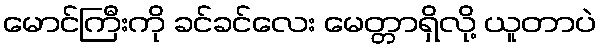
မောင်ကြီးကို ခင်ခင်လေး မေတ္တာရှိလို့ ယူတာပဲ